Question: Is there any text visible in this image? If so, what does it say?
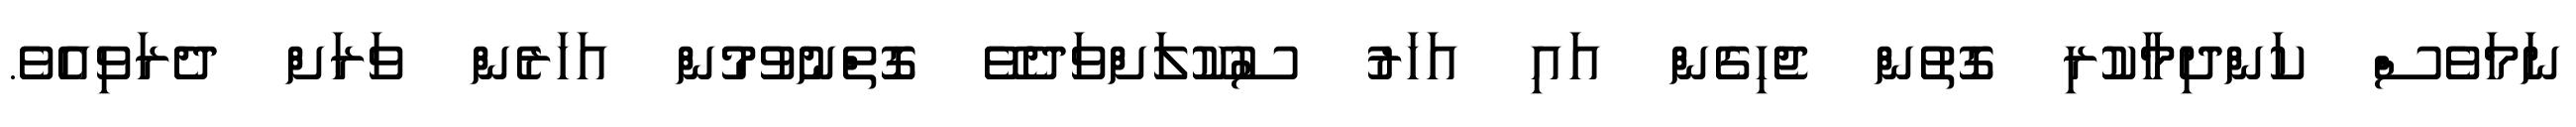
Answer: ނަމަވެސް ކަންދިމާކުރި ގޮތުން ޖެހިގެން އައި އަހަރު ސުކޫލަށްވަދެވޭ ގޮތްނުވުމުން އަހަރެން ވަރަށް ދެރަވިއެވެ.